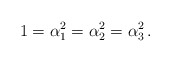
\begin{align*}1=\alpha_{1}^{2}=\alpha_{2}^{2}=\alpha_{3}^{2}\,.\end{align*}